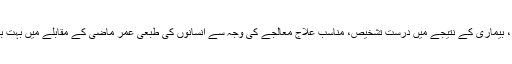
بہتر خوراک ، بیماری کے نتیجے میں درست تشخیص، مناسب علاج معالجے کی وجہ سے انسانوں کی طبعی عمر ماضی کے مقابلے میں بہت بڑھ چکی ہے۔